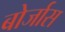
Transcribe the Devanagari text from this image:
बोर्जास